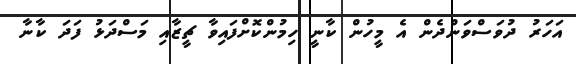
އަހަރު ދުވަސްވަންދެން އެ މީހުން ކާނީ ހިމުންކޮށްފައިވާ ޗީޒާއި މަސްދަޅު ފަދަ ކާނާ